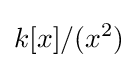
k[x]/(x^{2})